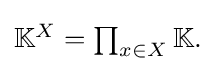
{\textstyle \mathbb {K} ^{X}=\prod _{x\in X}\mathbb {K} .}